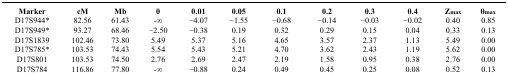
<table><thead><tr><td><b>Marker</b></td><td><b>cM</b></td><td><b>Mb</b></td><td><b>0</b></td><td><b>0.01</b></td><td><b>0.05</b></td><td><b>0.1</b></td><td><b>0.2</b></td><td><b>0.3</b></td><td><b>0.4</b></td><td><b>Z<sub>max</sub></b></td><td><b>θ<sub>max</sub></b></td></tr></thead><tbody><tr><td>D17S944*</td><td>82.56</td><td>61.43</td><td>-∞</td><td>−4.07</td><td>−1.55</td><td>−0.68</td><td>−0.14</td><td>−0.03</td><td>−0.02</td><td>0.40</td><td>0.85</td></tr><tr><td>D17S949*</td><td>93.27</td><td>68.46</td><td>−2.50</td><td>−0.38</td><td>0.19</td><td>0.32</td><td>0.29</td><td>0.15</td><td>0.04</td><td>0.33</td><td>0.13</td></tr><tr><td>D17S1839</td><td>102.46</td><td>73.80</td><td>5.49</td><td>5.37</td><td>5.16</td><td>4.65</td><td>3.57</td><td>2.37</td><td>1.13</td><td>5.49</td><td>0.00</td></tr><tr><td>D17S785*</td><td>103.53</td><td>74.43</td><td>5.54</td><td>5.43</td><td>5.21</td><td>4.70</td><td>3.62</td><td>2.43</td><td>1.19</td><td>5.62</td><td>0.00</td></tr><tr><td>D17S801</td><td>103.53</td><td>74.50</td><td>2.76</td><td>2.69</td><td>2.47</td><td>2.19</td><td>1.58</td><td>0.95</td><td>0.38</td><td>2.76</td><td>0.00</td></tr><tr><td>D17S784</td><td>116.86</td><td>77.80</td><td>-∞</td><td>−0.88</td><td>0.24</td><td>0.49</td><td>0.45</td><td>0.25</td><td>0.08</td><td>0.52</td><td>0.13</td></tr></tbody></table>